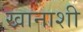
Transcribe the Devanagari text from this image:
खानाशी